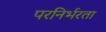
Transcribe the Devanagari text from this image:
परनिर्भरता